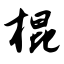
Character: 棍